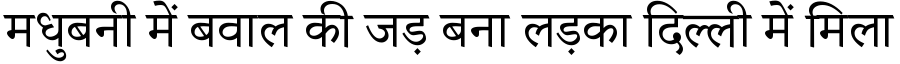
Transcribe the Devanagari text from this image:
मधुबनी में बवाल की जड़ बना लड़का दिल्ली में मिला